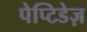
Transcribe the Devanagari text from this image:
पेप्टिडेज़